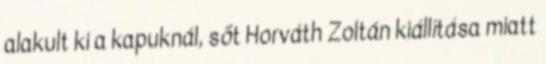
alakult ki a kapuknál, sőt Horváth Zoltán kiállítása miatt